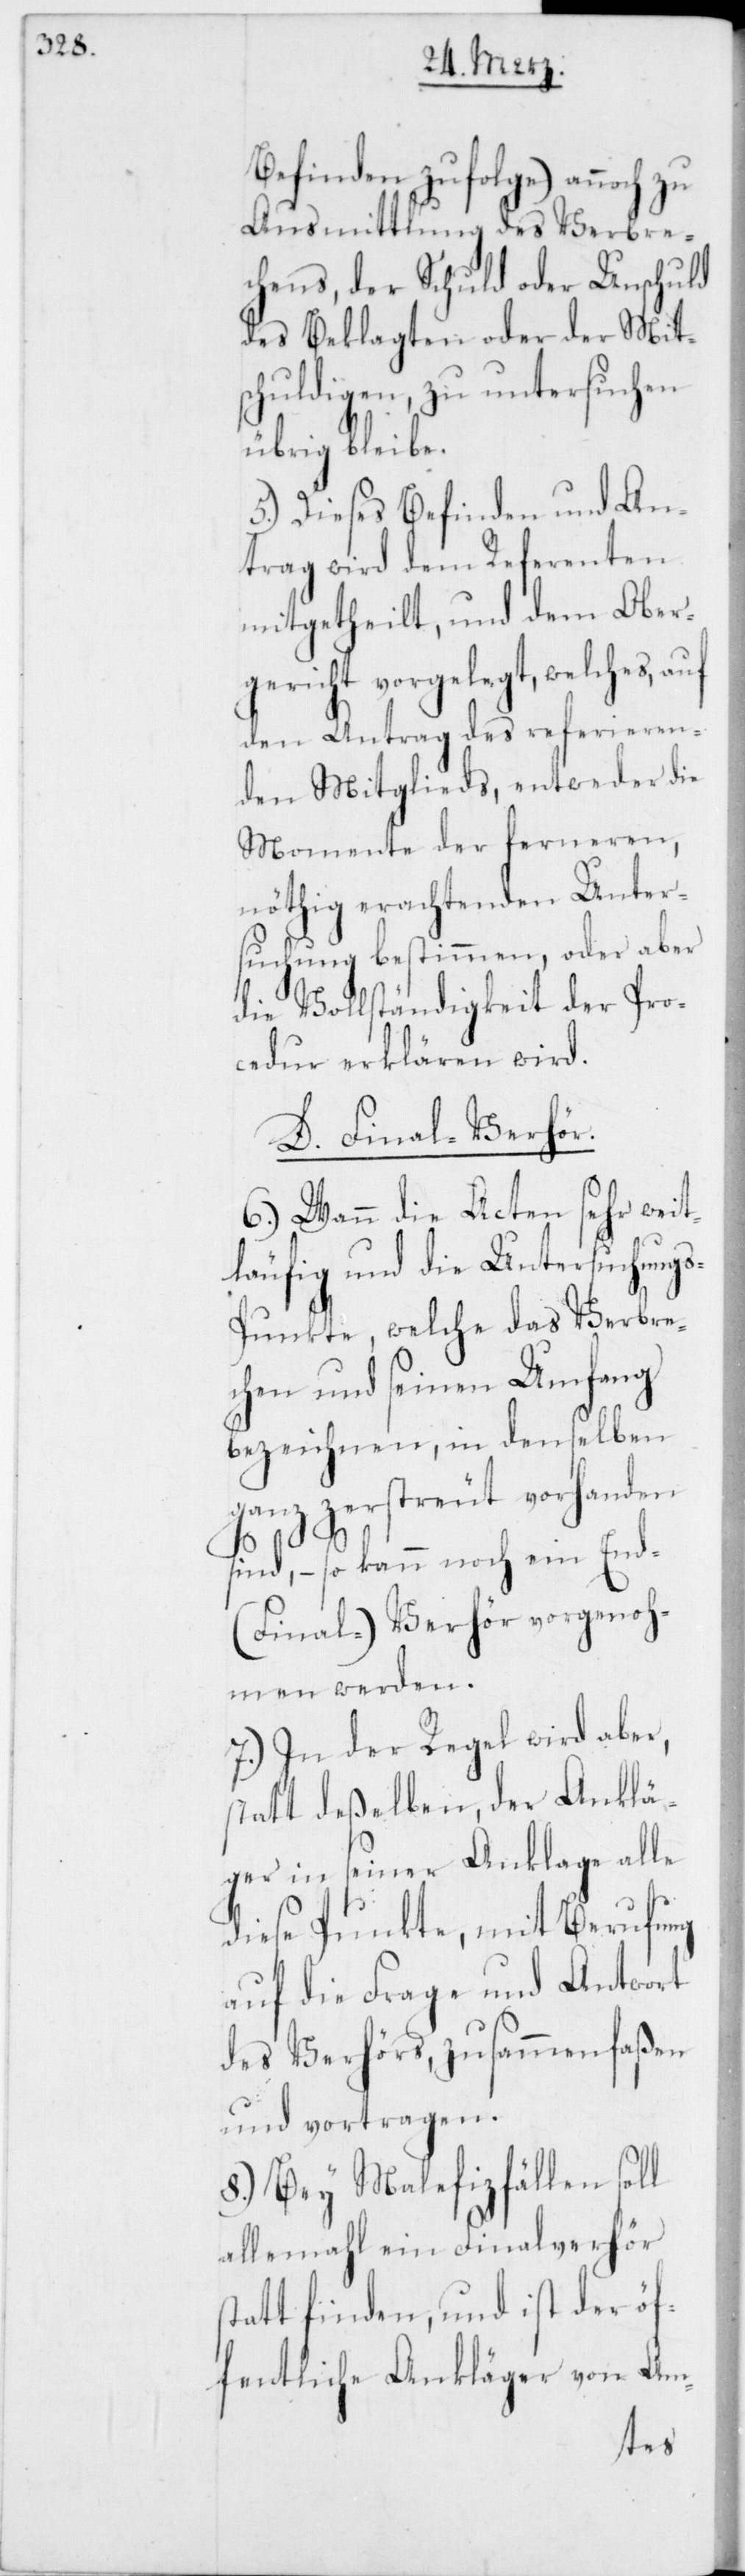
Befinden zufolge) annoch zu
Ausmittlung des Verbre¬
chens, der Schuld oder Unschuld
des Beklagten oder der Mits¬
chuldigen, zu untersuchen
übrig bleibe.
5.) Dieses Befinden und An¬
trag wird dem Referenten
mitgetheilt, und dem Ober¬
gericht vorgelegt, welches, auf
den Antrag des referieren¬
den Mitglieds, entweder die
Momente der ferneren,
nöthig erachtenden Unter¬
suchung bestimmen, oder aber
die Vollständigkeit der Pro¬
cedur erklären wird.
D. Final-Verhör.
6.) Wann die Acten sehr weit¬
läufig und die Untersuchung¬
s-Punkte, welche das Verbre¬
chen und seinen Umfang
bezeichnen, in denselben
ganz zerstreut vorhanden
sind, – so kann noch ein End-
(Final-) Verhör vorgenoh¬
men werden.
7.) In der Regel wird aber,
statt deßelben, der Anklä¬
ger in seiner Anklage alle
diese Punkte, mit Berufung
auf die Frage und Antwort
des Verhörs, zusammenfaßen
und vortragen.
8.) Bey Malefizfällen soll
allemahl ein Finalverhör
stattfinden, und ist der öf¬
fentliche Ankläger von Am-